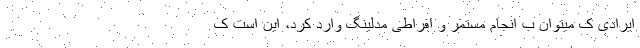
ایرادی ک میتوان ب انجام مستمر و افراطی مدلینگ وارد کرد، این است ک